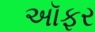
અૉફર